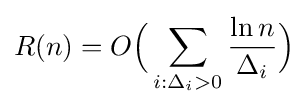
R(n)=O{\Bigl (}\sum _{i:\Delta _{i}>0}{\frac {\ln n}{\Delta _{i}}}{\Bigr )}